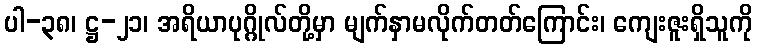
ပါ-၃၈၊ ဋ္ဌ-၂၁၊ အရိယာပုဂ္ဂိုလ်တို့မှာ မျက်နှာမလိုက်တတ်ကြောင်း၊ ကျေးဇူးရှိသူကို